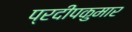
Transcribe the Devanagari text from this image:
प्रदीपकुमार